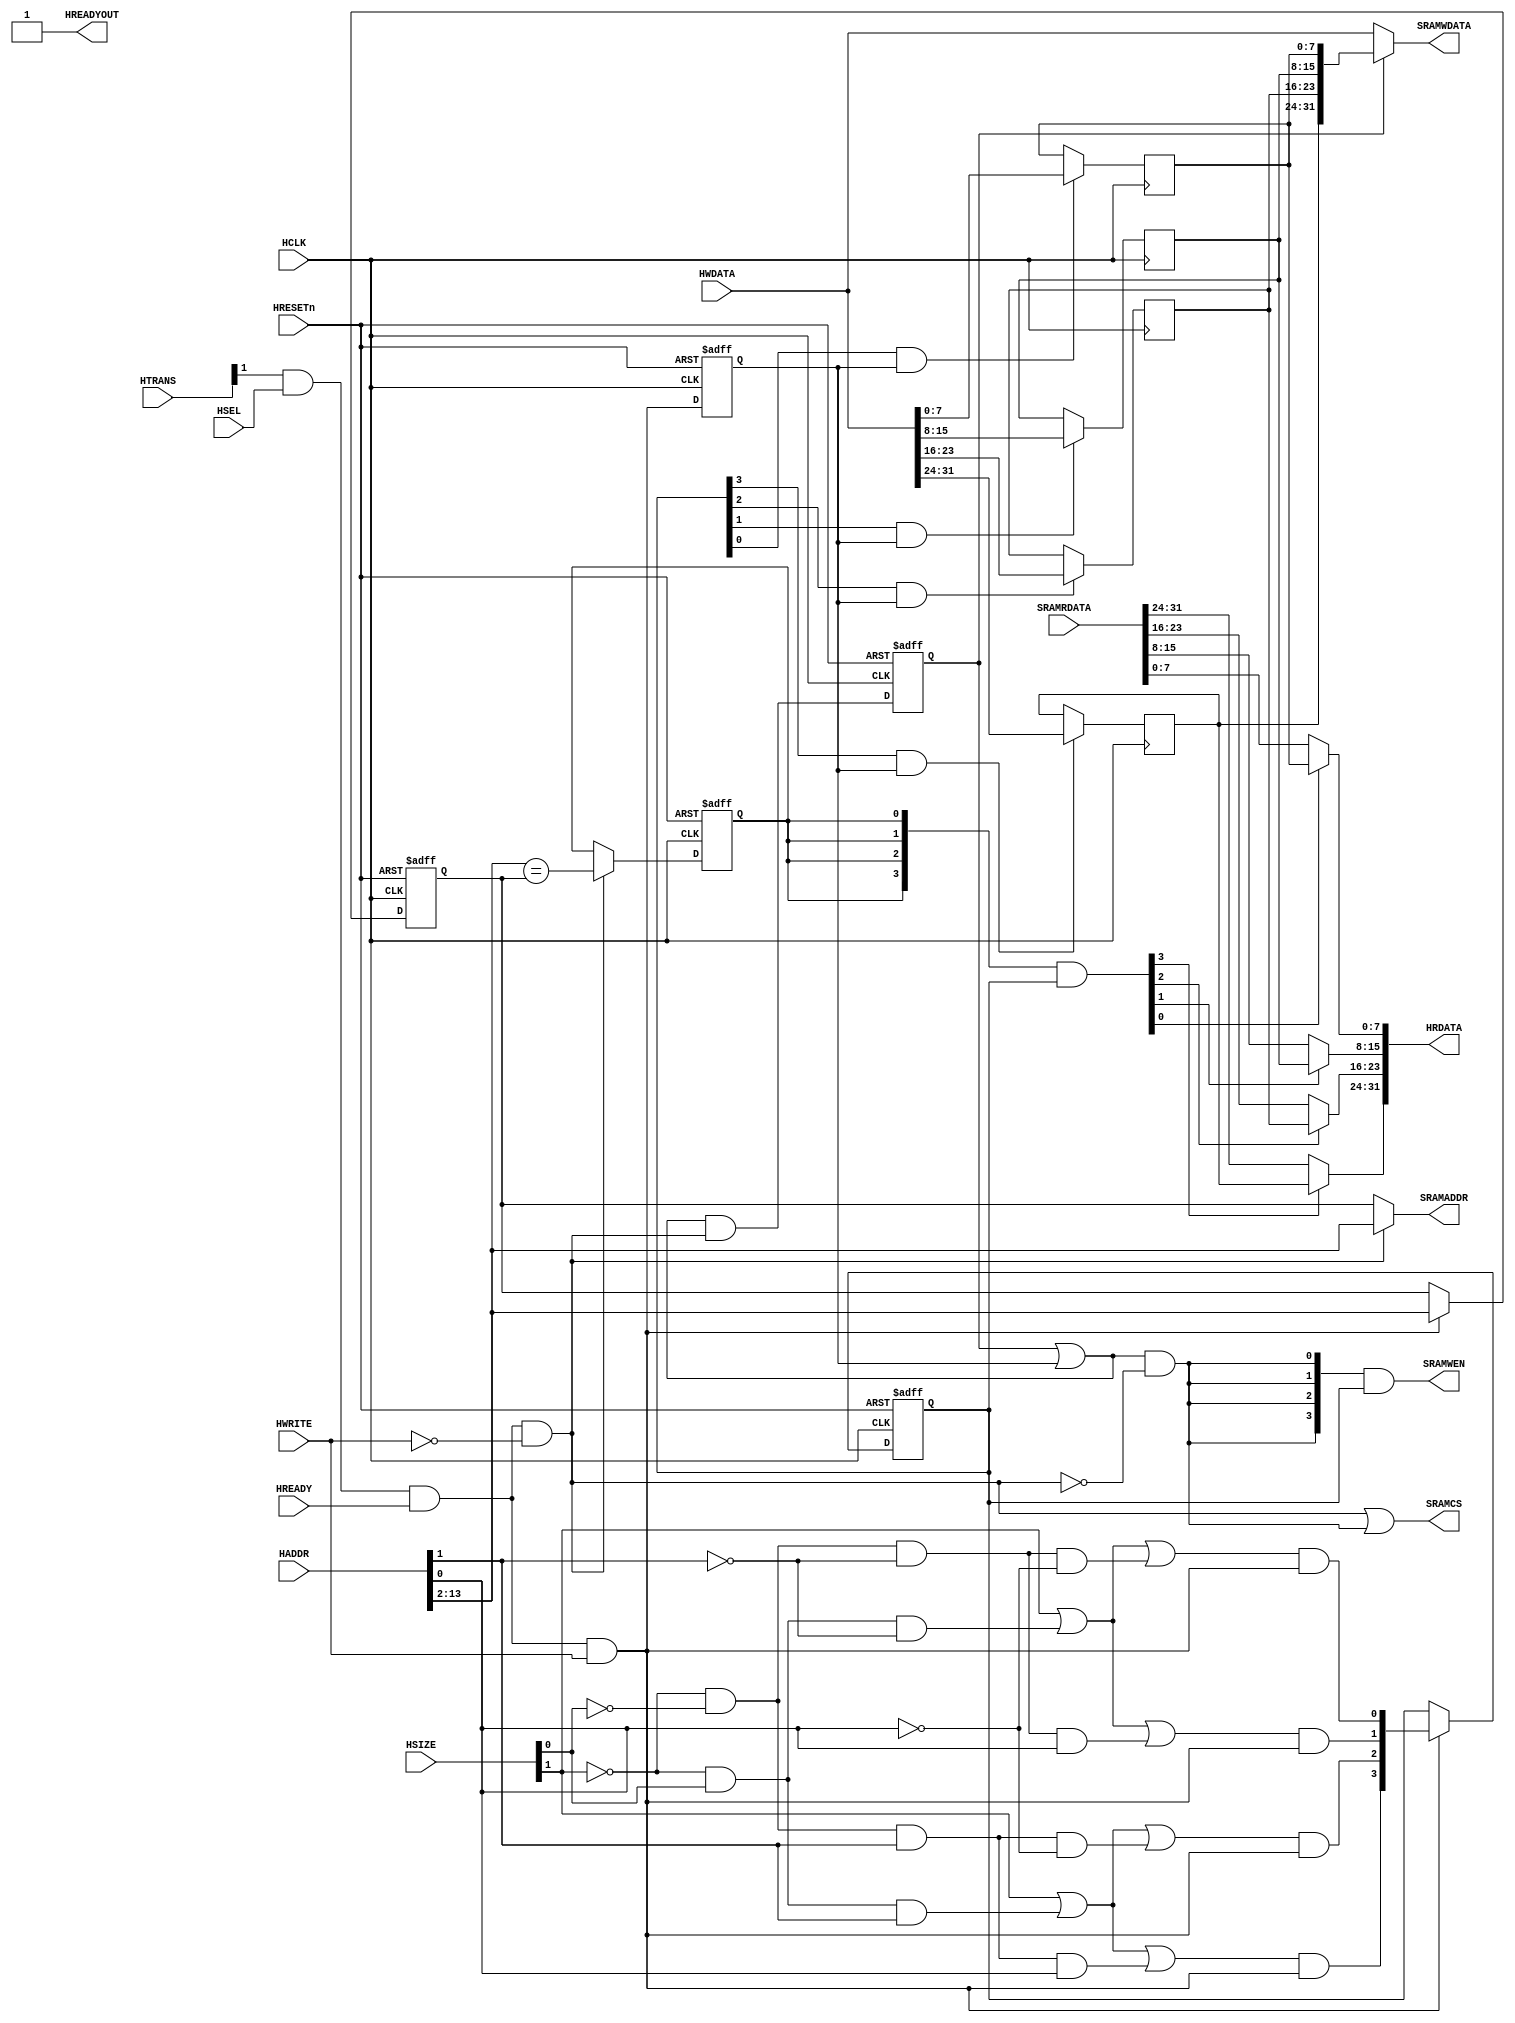
/*
 	 _   _  __ ___     __   _________  
	| \ | |/ _(_) \   / /__|___ /___ \ 
	|  \| | |_| |\ \ / / _ \ |_ \ __) |
	| |\  |  _| | \ V /  __/___) / __/ 
	|_| \_|_| |_|  \_/ \___|____/_____|
	Copyright 2020 Mohamed Shalan
	
	Licensed under the Apache License, Version 2.0 (the "License"); 
	you may not use this file except in compliance with the License. 
	You may obtain a copy of the License at:

	http://www.apache.org/licenses/LICENSE-2.0

	Unless required by applicable law or agreed to in writing, software 
	distributed under the License is distributed on an "AS IS" BASIS, 
	WITHOUT WARRANTIES OR CONDITIONS OF ANY KIND, either express or implied. 
	See the License for the specific language governing permissions and 
	limitations under the License.
*/
/*
  Updated vesrion of the code provided by the Communication IC design Book
  The book is out of print and I cannot find any reference to it online
  The downloaded code does not contain any copyright or license text
  The cached version (by Google) can be found at: 
  http://en.pudn.com/Download/item/id/3120046.html
*/

module AHB_SRAM_CTRL #(
    parameter AW = 14               // Address width
)
(
    // AHB BUS       
    input  wire             HCLK,      
    input  wire             HRESETn,   
    input  wire             HSEL,      
    input  wire             HREADY,    
    input  wire [1:0]       HTRANS,    
    input  wire [2:0]       HSIZE,     
    input  wire             HWRITE,    
    input  wire [31:0]      HADDR,     
    input  wire [31:0]      HWDATA,   
    output wire [31:0]      HRDATA,       
    output wire             HREADYOUT,

    // SRAM Interface
    input  wire [31:0]      SRAMRDATA,    
    output wire [3:0]       SRAMWEN,      
    output wire [31:0]      SRAMWDATA,    
    output wire             SRAMCS,       
    output wire [AW-3:0]    SRAMADDR      
);   

   reg  [(AW-3):0]          buf_addr;        // Write address buffer
   reg  [3:0]               buf_we;          // Write enable buffer (data phase)
   reg                      buf_hit;         // High when AHB read address
                                             // matches buffered address
   reg  [31:0]              buf_data;        // AHB write bus buffered
   reg                      buf_pend;        // Buffer write data valid
   reg                      buf_data_en;     // Data buffer write enable (data phase)

   wire                     ahb_access   = HTRANS[1] & HSEL & HREADY;
   wire                     ahb_write    = ahb_access &  HWRITE;
   wire                     ahb_read     = ahb_access & (~HWRITE);


   // Stored write data in pending state if new transfer is read
   //   buf_data_en indicate new write (data phase)
   //   ahb_read    indicate new read  (address phase)
   //   buf_pend    is registered version of buf_pend_nxt
   wire         buf_pend_nxt = (buf_pend | buf_data_en) & ahb_read;

   // RAM write happens when
   // - write pending (buf_pend), or
   // - new AHB write seen (buf_data_en) at data phase,
   // - and not reading (address phase)
   wire         ram_write   = (buf_pend | buf_data_en)  & (~ahb_read); // ahb_write

   // RAM WE is the buffered WE
   assign       SRAMWEN     = {4{ram_write}} & buf_we[3:0];

   // RAM address is the buffered address for RAM write otherwise HADDR
   assign       SRAMADDR    = ahb_read ? HADDR[AW-1:2] : buf_addr;

   // RAM chip select during read or write
   wire         SRAMCS_src; 
   assign       SRAMCS_src  = ahb_read | ram_write;
   assign       SRAMCS      = SRAMCS_src; 
   
   // ----------------------------------------------------------
   // Byte lane decoder and next state logic
   // ----------------------------------------------------------

   wire       tx_byte    = (~HSIZE[1]) & (~HSIZE[0]);
   wire       tx_half    = (~HSIZE[1]) &  HSIZE[0];
   wire       tx_word    =   HSIZE[1];

   wire       byte_at_00 = tx_byte & (~HADDR[1]) & (~HADDR[0]);
   wire       byte_at_01 = tx_byte & (~HADDR[1]) &   HADDR[0];
   wire       byte_at_10 = tx_byte &   HADDR[1]  & (~HADDR[0]);
   wire       byte_at_11 = tx_byte &   HADDR[1]  &   HADDR[0];

   wire       half_at_00 = tx_half & (~HADDR[1]);
   wire       half_at_10 = tx_half &   HADDR[1];

   wire       word_at_00 = tx_word;

   wire       byte_sel_0 = word_at_00 | half_at_00 | byte_at_00;
   wire       byte_sel_1 = word_at_00 | half_at_00 | byte_at_01;
   wire       byte_sel_2 = word_at_00 | half_at_10 | byte_at_10;
   wire       byte_sel_3 = word_at_00 | half_at_10 | byte_at_11;

   // Address phase byte lane strobe
   wire [3:0] buf_we_nxt = { byte_sel_3 & ahb_write,
                             byte_sel_2 & ahb_write,
                             byte_sel_1 & ahb_write,
                             byte_sel_0 & ahb_write };

     // buf_data_en is data phase write control
   always @(posedge HCLK or negedge HRESETn)
     if (~HRESETn)
       buf_data_en <= 1'b0;
     else
       buf_data_en <= ahb_write;

   always @(posedge HCLK)
     if(buf_we[3] & buf_data_en)
       buf_data[31:24] <= HWDATA[31:24];

   always @(posedge HCLK)
     if(buf_we[2] & buf_data_en)
       buf_data[23:16] <= HWDATA[23:16];

   always @(posedge HCLK)
     if(buf_we[1] & buf_data_en)
       buf_data[15: 8] <= HWDATA[15: 8];

   always @(posedge HCLK)
     if(buf_we[0] & buf_data_en)
       buf_data[ 7: 0] <= HWDATA[ 7: 0];

   // buf_we keep the valid status of each byte (data phase)
   always @(posedge HCLK or negedge HRESETn)
     if (~HRESETn)
       buf_we <= 4'b0000;
     else if(ahb_write)
       buf_we <= buf_we_nxt;

   always @(posedge HCLK or negedge HRESETn)
     begin
     if (~HRESETn)
       buf_addr <= {(AW-2){1'b0}};
     else if (ahb_write)
         buf_addr <= HADDR[(AW-1):2];
     end
   
   wire  buf_hit_nxt = (HADDR[AW-1:2] == buf_addr[AW-3 - 0:0]);

   // ----------------------------------------------------------
   // Read data merge : This is for the case when there is a AHB
   // write followed by AHB read to the same address. In this case
   // the data is merged from the buffer as the RAM write to that
   // address hasn't happened yet
   // ----------------------------------------------------------

   wire [ 3:0] merge1  = {4{buf_hit}} & buf_we; // data phase, buf_we indicates data is valid

   assign HRDATA = {    merge1[3] ? buf_data[31:24] : SRAMRDATA[31:24],
                        merge1[2] ? buf_data[23:16] : SRAMRDATA[23:16],
                        merge1[1] ? buf_data[15: 8] : SRAMRDATA[15: 8],
                        merge1[0] ? buf_data[ 7: 0] : SRAMRDATA[ 7: 0] 
                    };

   // ----------------------------------------------------------
   // Synchronous state update
   // ----------------------------------------------------------

   always @(posedge HCLK or negedge HRESETn)
     if (~HRESETn)
       buf_hit <= 1'b0;
     else if(ahb_read)
       buf_hit <= buf_hit_nxt;

   always @(posedge HCLK or negedge HRESETn)
     if (~HRESETn)
       buf_pend <= 1'b0;
     else
       buf_pend <= buf_pend_nxt;

   // if there is an AHB write and valid data in the buffer, RAM write data
   // comes from the buffer. otherwise comes from the HWDATA
   assign SRAMWDATA = (buf_pend) ? buf_data : HWDATA[31:0];

   assign HREADYOUT = 1'b1;
   
endmodule